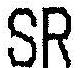
SR